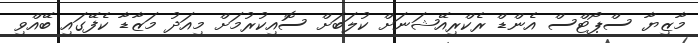
މާޒިޔާ ސްޕޯޓްސް އެންޑް ރެކްރިއޭޝަނަށް ކުލަބަށް ސޮއިކުރުމަށް މިއަދު މަޒާޑާ ކެފޭގައި ބޭއްވި